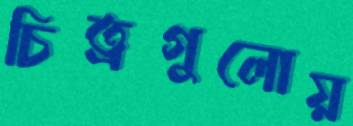
চিত্রগুলোয়